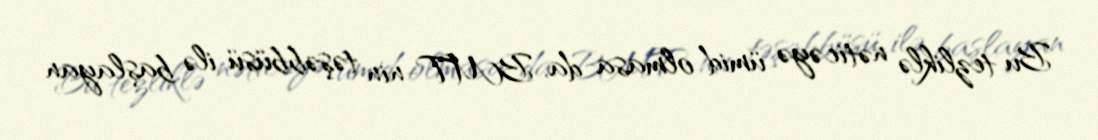
Bu tezliklə nəticəyə ümid olmasa da, BMT-nin təşəbbüsü ilə başlayan